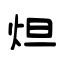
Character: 炟